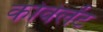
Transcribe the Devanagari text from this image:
कोवेलेंट